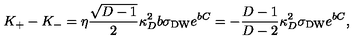
K _ { + } - K _ { - } = \eta { \frac { \sqrt { D - 1 } } { 2 } } \kappa _ { D } ^ { 2 } b \sigma _ { \mathrm { D W } } e ^ { b C } = - { \frac { D - 1 } { D - 2 } } \kappa _ { D } ^ { 2 } \sigma _ { \mathrm { D W } } e ^ { b C } ,